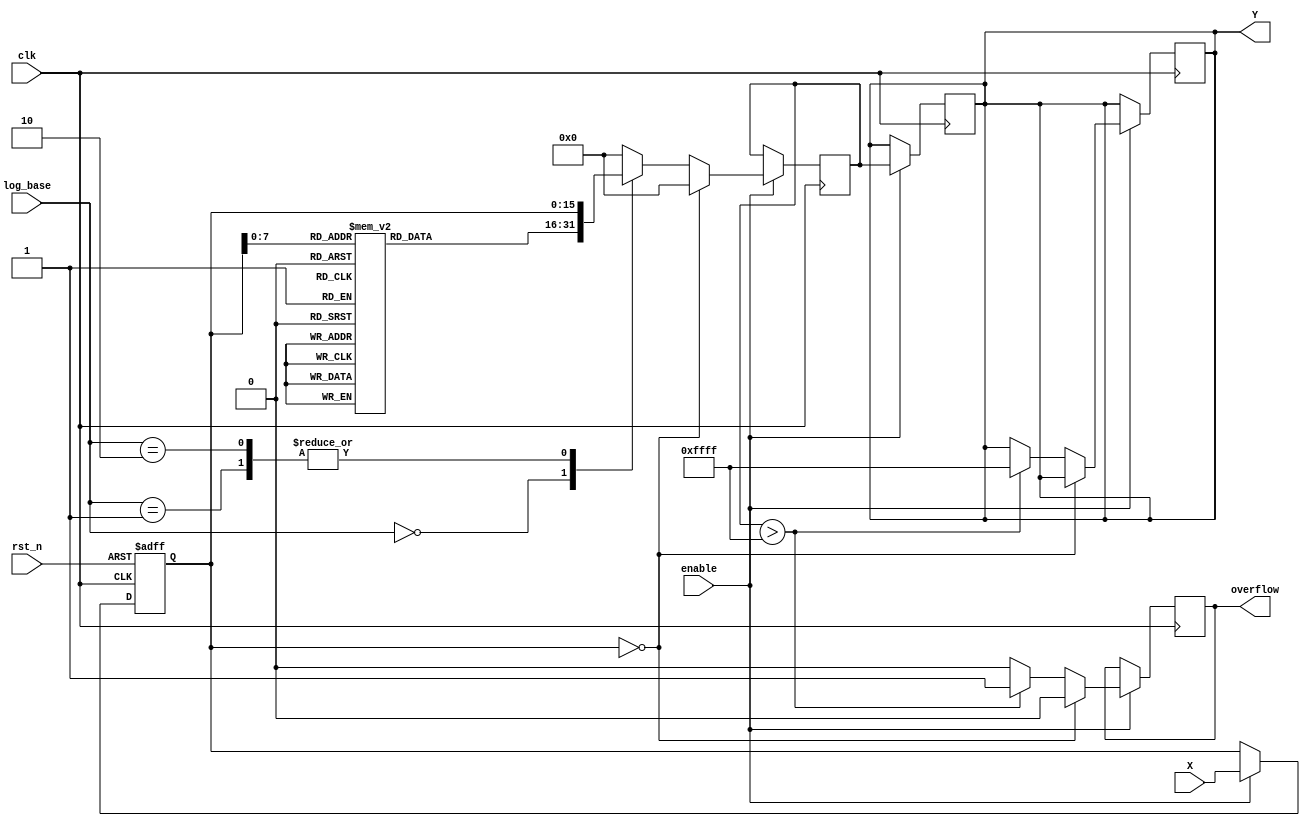
module LogarithmicScalingCircuit (
    input wire clk,                // Clock signal
    input wire rst_n,              // Active low reset
    input wire [15:0] X,           // Input data (16-bit)
    input wire enable,             // Enable signal
    input wire [1:0] log_base,     // Logarithm base selection (00: base 2, 01: base e, 10: base 10)
    output reg [15:0] Y,           // Logarithmic output (16-bit)
    output reg overflow            // Overflow flag
);

    // Internal signals
    reg [15:0] input_reg;
    reg [15:0] log_value;
    
    // Lookup table for logarithmic values (for simplicity, only a few values are included)
    reg [15:0] log_lut [0:255]; // LUT size depends on the input range

    // Initialize the lookup table with logarithmic values
    initial begin
        // Populate the LUT with some pre-computed logarithmic values
        // Example values for base 2
        log_lut[0] = 16'd0;     // log2(1) = 0
        log_lut[1] = 16'd0;     // log2(2) = 1
        log_lut[2] = 16'd1;     // log2(3) = 1.585...
        log_lut[3] = 16'd2;     // log2(4) = 2
        // ... Populate additional values as needed
        // This is a simplified example, in practice, you would include more values.
    end

    // Input stage: Register input data
    always @(posedge clk or negedge rst_n) begin
        if (!rst_n) begin
            input_reg <= 16'd0;
        end else if (enable) begin
            input_reg <= X;
        end
    end

    // Logarithmic calculation unit
    always @(posedge clk) begin
        if (enable) begin
            if (input_reg == 16'd0) begin
                log_value <= 16'd0; // Log(0) is undefined, set to 0 or handle as needed
                overflow <= 1'b0; // No overflow
            end else begin
                case (log_base)
                    2'b00: log_value <= log_lut[input_reg[7:0]]; // Base 2
                    2'b01: log_value <= input_reg; // Placeholder for natural log
                    2'b10: log_value <= input_reg; // Placeholder for log base 10
                    default: log_value <= 16'd0; // Default case
                endcase
                
                // Check for overflow condition
                if (log_value > 16'hFFFF) begin
                    overflow <= 1'b1; // Set overflow flag
                    Y <= 16'hFFFF; // Saturate output
                end else begin
                    overflow <= 1'b0; // Clear overflow flag
                end
            end
        end
    end

    // Output stage: Register output data
    always @(posedge clk) begin
        if (enable) begin
            Y <= log_value; // Store the logarithmic value
        end
    end

endmodule